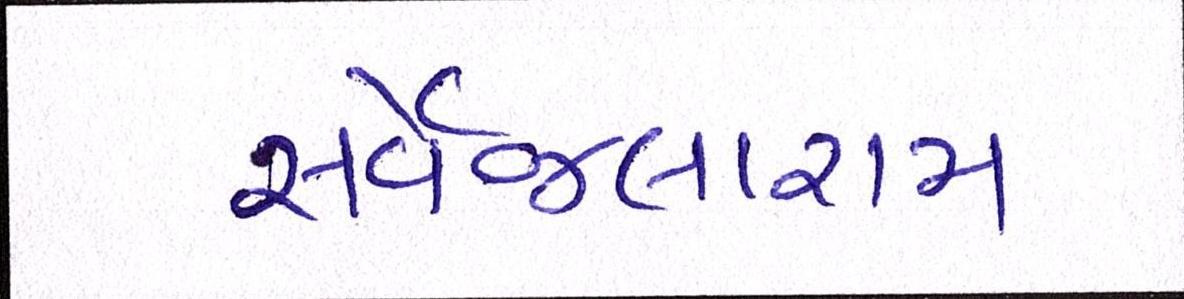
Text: સર્વેજલારામ